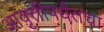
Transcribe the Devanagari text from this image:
आवृत्तीपर्यंतचा